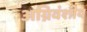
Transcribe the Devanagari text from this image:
अग्निवंशीय